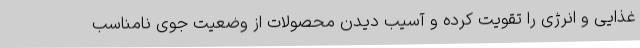
غذایی و انرژی را تقویت کرده و آسیب دیدن محصولات از وضعیت جوی نامناسب